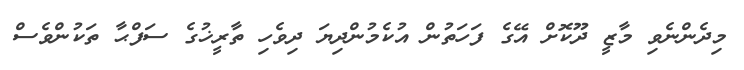
މިދެންނެވި މާޒީ ދޫކޮށް އޭގެ ފަހަތުން އުކެމުންދިޔަ ދިވެހި ތާރީޚުގެ ސަފްޙާ ތަކުންވެސް